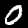
Label: 0